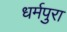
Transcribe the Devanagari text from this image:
धर्मपुरा